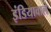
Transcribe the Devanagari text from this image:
इंडियावाले